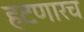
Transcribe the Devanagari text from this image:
हटणारच